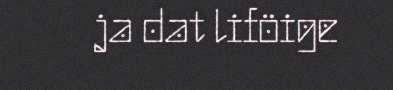
ja dat liföige